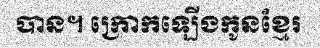
បាន។ ក្រោកឡើងកូនខ្មែរ